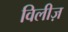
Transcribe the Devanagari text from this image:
विलीज़